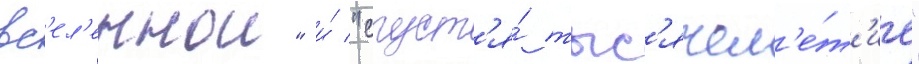
вс'ел'еннои" и́ "спуст'я́ тыс'ячел'е́т'ие"